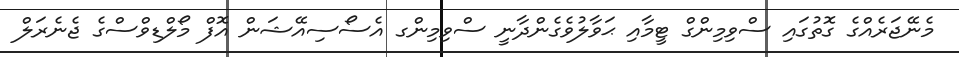
މެނޭޖަރެއްގެ ގޮތުގައި ސްވިމިންގް ޓީމާއި ޙަވާލުވެގެންދާނީ ސްވިމިންގ އެސޯސިއޭޝަން އޮފް މޯލްޑިވްސްގެ ޖެނެރަލް